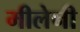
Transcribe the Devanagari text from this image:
मीलेनी